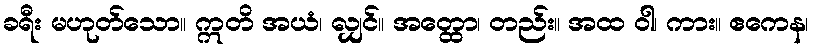
ခရီး မဟုတ်သော။ ဣတိ အယံ၊ လျှင်။ အတ္ထော၊ တည်း။ အထ ဝါ၊ ကား။ ဧကေန၊